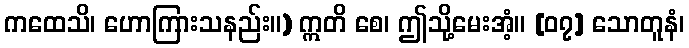
ကထေသိ၊ ဟောကြားသနည်း။) ဣတိ စေ၊ ဤသို့မေးအံ့။ [၀၇] သောတူနံ၊